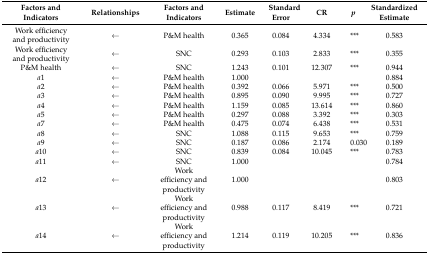
<table><thead><tr><td><b>Factors and Indicators</b></td><td><b>Relationships</b></td><td><b>Factors and Indicators</b></td><td><b>Estimate</b></td><td><b>Standard Error</b></td><td><b>CR</b></td><td><b><i>p</i></b></td><td><b>Standardized Estimate</b></td></tr></thead><tbody><tr><td>Work efficiency and productivity</td><td>←</td><td>P&amp;M health</td><td>0.365</td><td>0.084</td><td>4.334</td><td>***</td><td>0.583</td></tr><tr><td>Work efficiency and productivity</td><td>←</td><td>SNC</td><td>0.293</td><td>0.103</td><td>2.833</td><td>***</td><td>0.355</td></tr><tr><td>P&amp;M health</td><td>←</td><td>SNC</td><td>1.243</td><td>0.101</td><td>12.307</td><td>***</td><td>0.944</td></tr><tr><td><i>a</i>1</td><td>←</td><td>P&amp;M health</td><td>1.000</td><td></td><td></td><td></td><td>0.884</td></tr><tr><td><i>a</i>2</td><td>←</td><td>P&amp;M health</td><td>0.392</td><td>0.066</td><td>5.971</td><td>***</td><td>0.500</td></tr><tr><td><i>a</i>3</td><td>←</td><td>P&amp;M health</td><td>0.895</td><td>0.090</td><td>9.995</td><td>***</td><td>0.727</td></tr><tr><td><i>a</i>4</td><td>←</td><td>P&amp;M health</td><td>1.159</td><td>0.085</td><td>13.614</td><td>***</td><td>0.860</td></tr><tr><td><i>a</i>5</td><td>←</td><td>P&amp;M health</td><td>0.297</td><td>0.088</td><td>3.392</td><td>***</td><td>0.303</td></tr><tr><td><i>a</i>7</td><td>←</td><td>P&amp;M health</td><td>0.475</td><td>0.074</td><td>6.438</td><td>***</td><td>0.531</td></tr><tr><td><i>a</i>8</td><td>←</td><td>SNC</td><td>1.088</td><td>0.115</td><td>9.653</td><td>***</td><td>0.759</td></tr><tr><td><i>a</i>9</td><td>←</td><td>SNC</td><td>0.187</td><td>0.086</td><td>2.174</td><td>0.030</td><td>0.189</td></tr><tr><td><i>a</i>10</td><td>←</td><td>SNC</td><td>0.839</td><td>0.084</td><td>10.045</td><td>***</td><td>0.783</td></tr><tr><td><i>a</i>11</td><td>←</td><td>SNC</td><td>1.000</td><td></td><td></td><td></td><td>0.784</td></tr><tr><td><i>a</i>12</td><td>←</td><td>Work efficiency and productivity</td><td>1.000</td><td></td><td></td><td></td><td>0.803</td></tr><tr><td><i>a</i>13</td><td>←</td><td>Work efficiency and productivity</td><td>0.988</td><td>0.117</td><td>8.419</td><td>***</td><td>0.721</td></tr><tr><td><i>a</i>14</td><td>←</td><td>Work efficiency and productivity</td><td>1.214</td><td>0.119</td><td>10.205</td><td>***</td><td>0.836</td></tr></tbody></table>